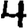
Digit: 4